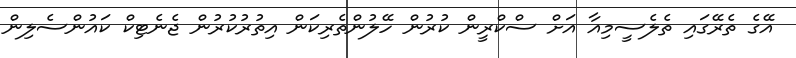
އޭގެ ތެރޭގައި ތެލެސީމިއާ އަށް ސްކްރީން ކުރުން ހޭލުންތެރިކަން އިތުރުކުރުން ޖެނެޓިކް ކައުންސެލިން